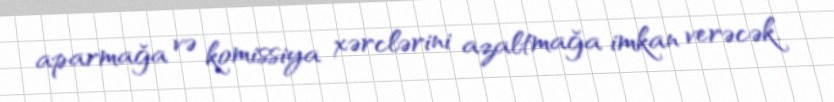
aparmağa və komissiya xərclərini azaltmağa imkan verəcək.